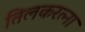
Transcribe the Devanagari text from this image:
तिलकरत्ना